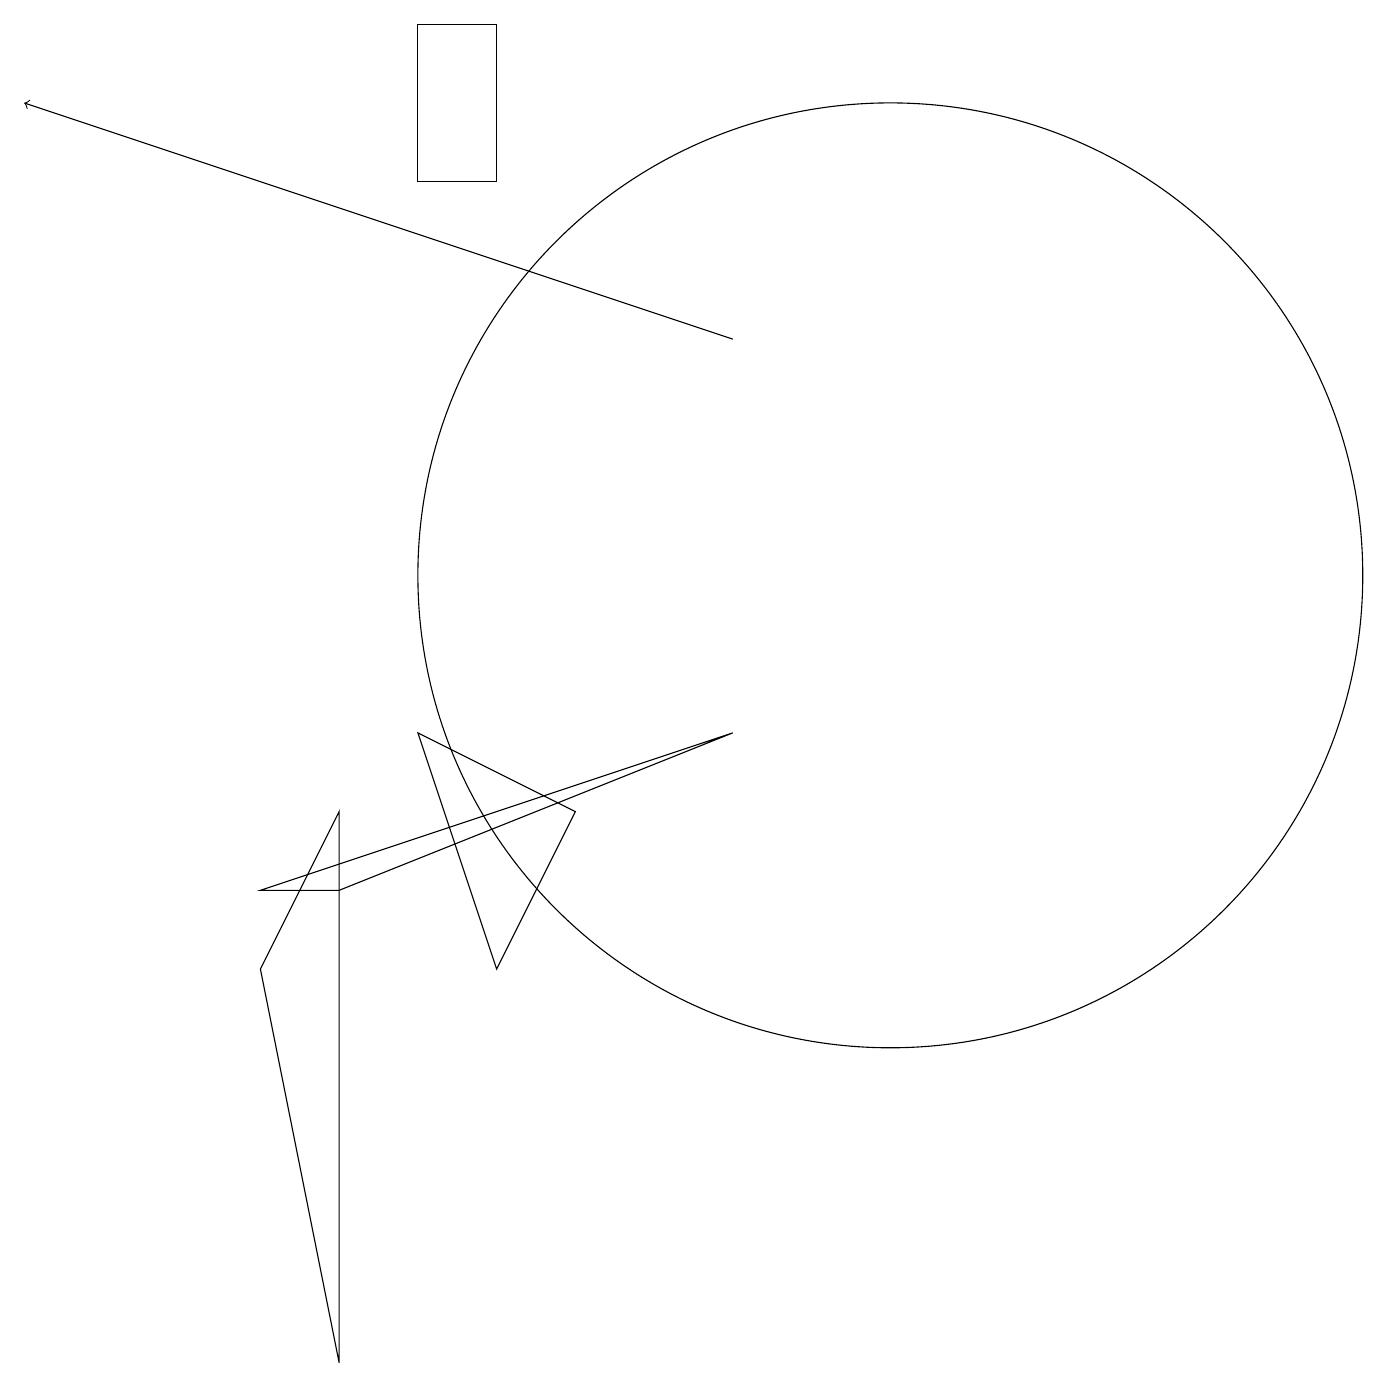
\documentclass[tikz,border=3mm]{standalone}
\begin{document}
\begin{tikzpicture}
\draw (6,18) rectangle (5,16);
\draw[->] (9,14) -- (0,17);
\draw (5,9) -- (7,8) -- (6,6) -- cycle;
\draw (4,8) -- (3,6) -- (4,1) -- cycle;
\draw (11,11) circle (6);
\draw (3,7) -- (4,7) -- (9,9) -- cycle;
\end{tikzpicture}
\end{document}